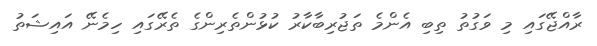
ރާއްޖޭގައި މި ވަގުތު ތިބި އެންމެ ތަޖުރިބާކާރު ކުޅުންތެރިންގެ ތެރޭގައި ހިމެނޭ އައިޝަތު